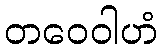
တဝေဝါဟံ